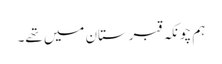
ہم چونکہ قبرستان میں تھے۔